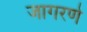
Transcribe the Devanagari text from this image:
जागरणे